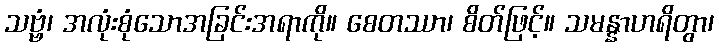
သဗ္ဗံ၊ အလုံးစုံသောအခြင်းအရာကို။ စေတဿာ၊ စိတ်ဖြင့်။ သမန္နာဟရိတွာ၊